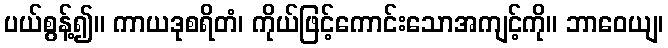
ပယ်စွန့်၍။ ကာယဒုစရိတံ၊ ကိုယ်ဖြင့်ကောင်းသောအကျင့်ကို။ ဘာဝေယျ၊